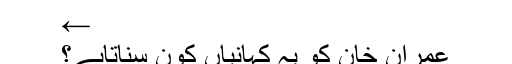
←
عمران خان کو یہ کہانیاں کون سناتاہے؟